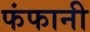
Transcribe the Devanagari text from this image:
फंफानी